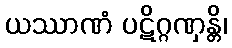
ယဿာဏံ ပဋိဂ္ဂဏှန္တိ၊